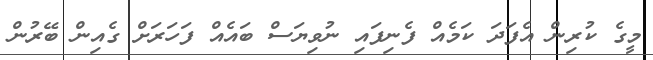
މީގެ ކުރިން އެފަދަ ކަމެއް ފެނިފައި ނުވިޔަސް ބައެއް ފަހަރަށް ގެއިން ބޭރުން